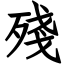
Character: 殘